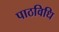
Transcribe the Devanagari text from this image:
पाठविधि